Leaving Certificate Examination (including Day School Certificate (Higher) General paper), 1927
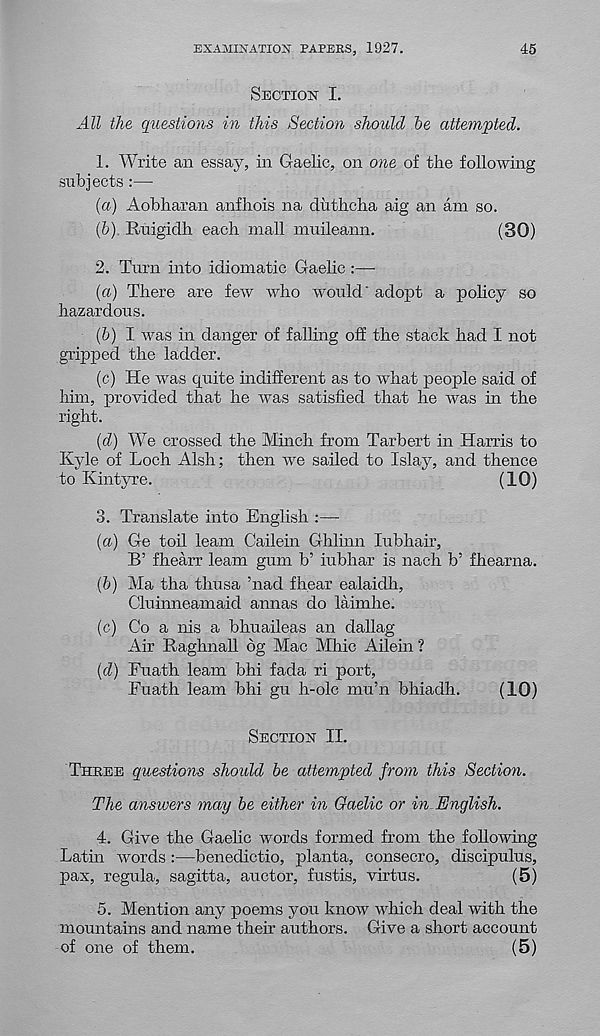
EXAMINATION PAPERS, 1927.
45
Section I.
All the questions in this Section should he attempted.
1. Write an essay, in Gaelic, on one of the following
subjects :—
(a) Aobharan anfhois na diithcha aig an am so.
(h) Ruigidh each mall muileann.
(30)
2. Turn into idiomatic Gaelic :—
(а) There are few who would' adopt a policy so
hazardous.
(б) I was in danger of falling off the stack had I not
gripped the ladder.
(c) He was quite indifferent as to what people said of
him, provided that he was satisfied that he was in the
right.
(d) We crossed the Minch from Tarbert in Harris to
Kyle of Loch Alsh; then we sailed to Islay, and thence
to Kintyre.
(10)
3. Translate into English :—
(а) Ge toil learn Cailein Ghlinn lubhair,
B’ fhearr learn gum b’ iubhar is nach b’ fhearna.
(б) Ma tha thusa ’nad fhear ealaidh,
Cluinneamaid annas do laimhe.
(c) Co a nis a bhuaileas an dallag
Air Raghnall 6g Mac Mhic Ailein ?
(d) Euath learn bhi fada ri port,
Euath learn bhi gu h-olc mu’n bhiadh.
(10)
Section II.
Three questions should be attempted from this Section.
The answers may be either in Gaelic or in English.
4. Give the Gaelic words formed from the following
Latin words :—benedictio, planta, consecro, discipulus,
pax, regula, sagitta, auctor, fustis, virtus.
(5)
5. Mention any poems you know which deal with the
mountains and name their authors. Give a short account
of one of them.
(5)